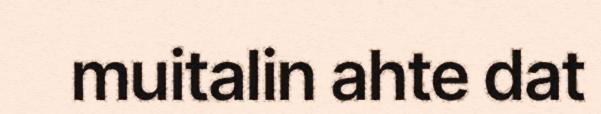
muitalin ahte dat